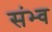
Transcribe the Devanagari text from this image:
संभ्व